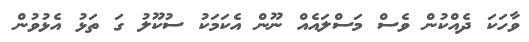
ވާހަކަ ދެއްކުން ވެސް މަސްލައެއް ނޫން އެކަމަކު ސުކޫލު ގަ ތަޅު އެޅުވުން